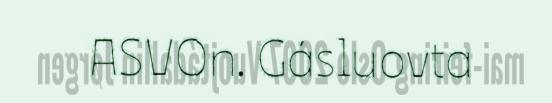
ASVOn. Gásluovta